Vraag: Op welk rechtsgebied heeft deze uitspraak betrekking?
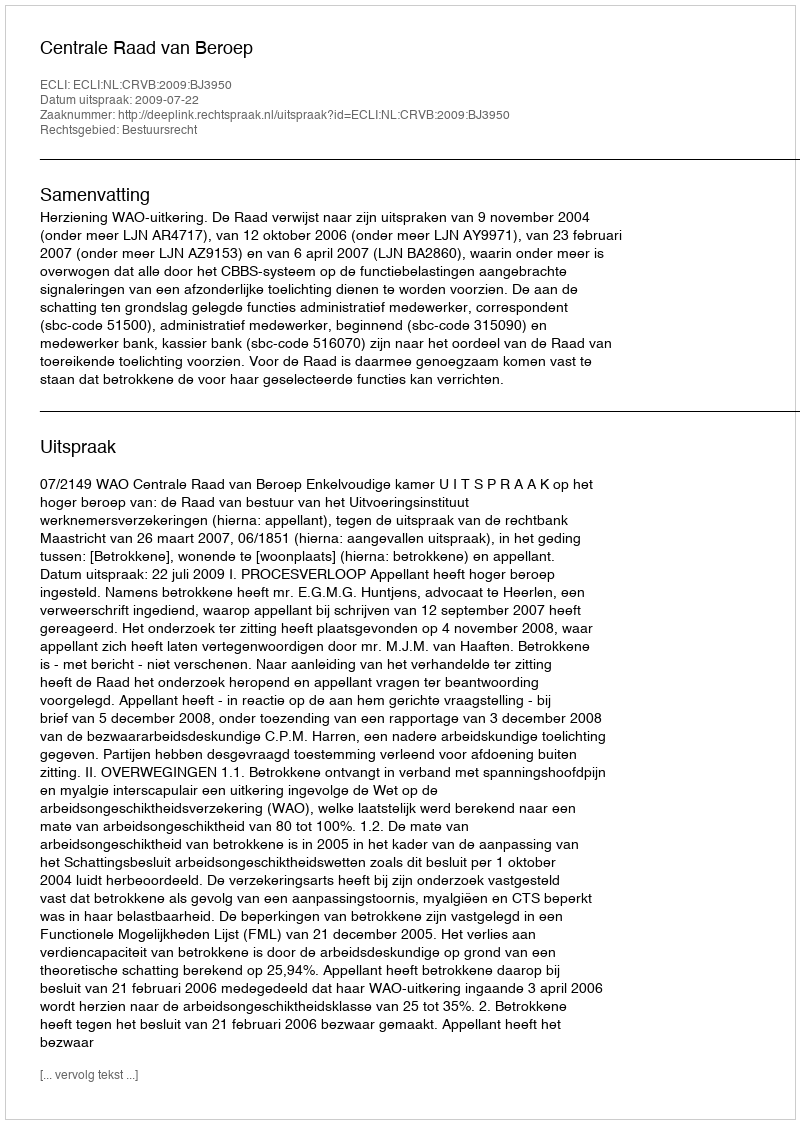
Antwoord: Bestuursrecht